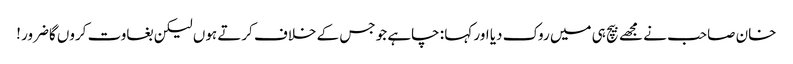
خان صاحب نے مجھے بیچ ہی میں روک دیا اور کہا : چاہے جو جس کے خلاف کرتے ہوں لیکن بغاوت کروں گاضرور !